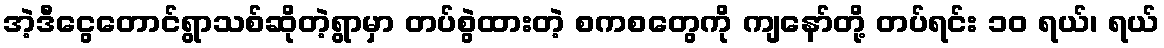
အဲ့ဒီငွေတောင်ရွာသစ်ဆိုတဲ့ရွာမှာ တပ်စွဲထားတဲ့ စကစတွေကို ကျနော်တို့ တပ်ရင်း ၁၀ ရယ်၊ ရယ်